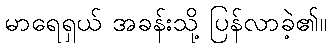
မာရေရှယ် အခန်းသို့ ပြန်လာခဲ့၏။